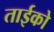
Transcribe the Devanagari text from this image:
ताईको